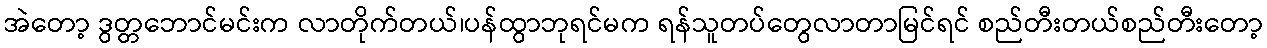
အဲတော့ ဒွတ္တဘောင်မင်းက လာတိုက်တယ်၊ပန်ထွာဘုရင်မက ရန်သူတပ်တွေလာတာမြင်ရင် စည်တီးတယ်စည်တီးတော့